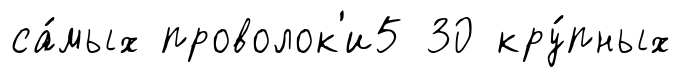
са́мых проволок'и5 30 кру́пных